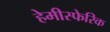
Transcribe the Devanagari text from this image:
हेमीस्फेरिक